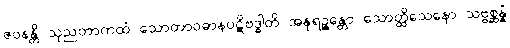
ဇဝနန္တိ သုညတာကထံ သောတာဝဓာနပဋိဗဒ္ဓါတိ အနုရဉ္ဇန္တော သောတ္ထိသေနော သဗ္ဗစ္ဆန္နံ